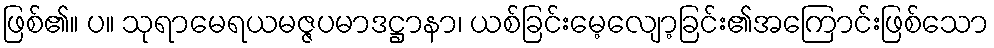
ဖြစ်၏။ ပ။ သုရာမေရယမဇ္ဇပမာဒဋ္ဌာနာ၊ ယစ်ခြင်းမေ့လျော့ခြင်း၏အကြောင်းဖြစ်သော